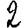
Digit: 2